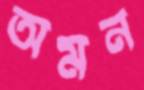
অমন